Lunatic asylums Madras 1892-1911 - 1892-1911
Year: 1892
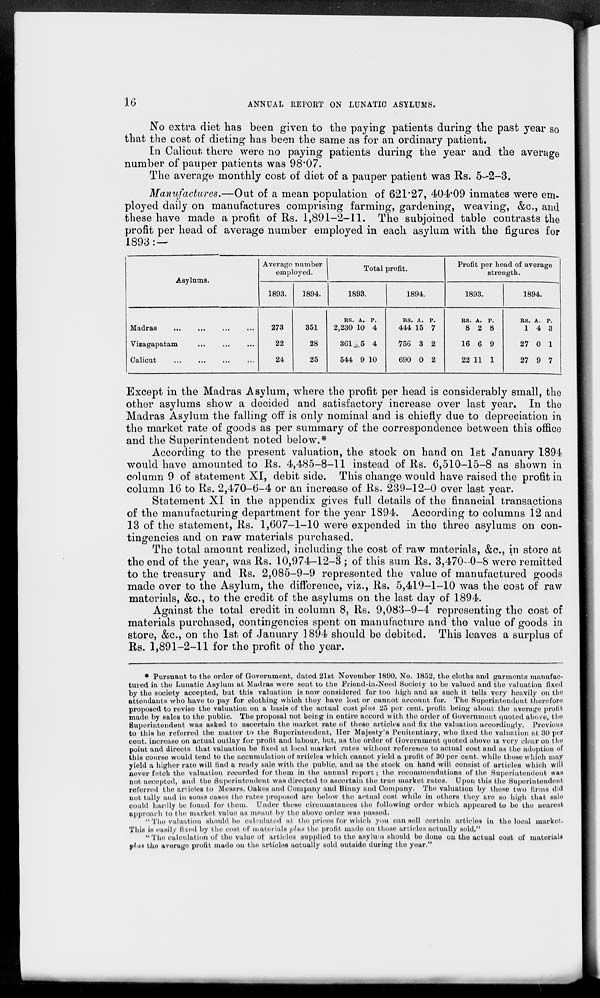
16
ANNUAL REPORT ON LUNATIC ASYLUMS.
No extra diet has been given to the paying patients during the past year so
that the cost of dieting has been the same as for an ordinary patient.
In Calicut there were no paying patients during the year and the average
number of pauper patients was 98.07.
The average monthly cost of diet of a pauper patient was Rs. 5-2-3.
Manufactures.—Out of a mean population of 621.27, 404.09 inmates were em-
ployed daily on manufactures comprising farming, gardening, weaving, &c, and
these have made a profit of Rs. 1,891-2-11. The subjoined table contrasts the
profit per head of average number employed in each asylum with the figures for
1893: —
Asylums.
Madras ... ... ... ...
Vizagapatam ... ... ...
Calicut ... ... ... ...
Average number
employed.
1893.
273
22
24
1894.
351
28
25
Total profit.
1893.
Rs.
2,230
361
544
A.
10
5
9
P.
4
4
10
1894.
Rs.
444
756
690
A.
15
3
0
P.
7
2
2
Profit per head of average
strength.
1893.
Rs.
8
16
22
A.
2
6
11
P.
8
9
1
1894.
Rs.
1
27
27
A.
4
0
9
P.
3
1
7
Except in the Madras Asylum, where the profit per head is considerably small, the
other asylums show a decided and satisfactory increase over last year. In the
Madras Asylum the falling off is only nominal and is chiefly due to depreciation in
the market rate of goods as per summary of the correspondence between this office
and the Superintendent noted below.*
According to the present valuation, the stock on hand on 1st January 1894
would have amounted to Rs. 4,485-8-11 instead of Rs. 6,510-15-8 as shown in
column 9 of statement XI, debit side. This change would have raised the profit in
column 16 to Rs. 2,470-6-4 or an increase of Rs. 239-12-0 over last year.
Statement XI in the appendix gives full details of the financial transactions
of the manufacturing department for the year 1894. According to columns 12 and
13 of the statement, Rs. 1,607-1-10 were expended in the three asylums on con-
tingencies and on raw materials purchased.
The total amount realized, including the cost of raw materials, &c, in store at
the end of the year, was Rs. 10,974-12-3 ; of this sum Rs. 3,470-0-8 were remitted
to the treasury and Rs. 2,085-9-9 represented the value of manufactured goods
made over to the Asylum, the difference, viz., Rs. 5,419-1-10 was the cost of raw
materials, &c, to the credit of the asylums on the last day of 1894.
Against the total credit in column 8, Rs. 9,083-9-4 representing the cost of
materials purchased, contingencies spent on manufacture and the value of goods in
store, &c, on the 1st of January 1894 should be debited. This leaves a surplus of
Rs. 1,891-2-11 for the profit of the year.
* Pursuant to the order of Government, dated 21st November 1890, No. 1852, the cloths and garments manufac-
tured in the Lunatic Asylum at Madras were sent to the Friend-in-Need Society to be valued and the valuation fixed
by the society accepted, but this valuation is now considered far too high and as such it tells very heavily on the
attendants who have to pay for clothing which they have lost or cannot account for. The Superintendent therefore
proposed to revise the valuation on a basis of the actual cost plus 25 per cent, profit being about the average profit
made by sales to the public. The proposal not being in entire accord with the order of Government quoted above, the
Superintendent was asked to ascertain the market rate of these articles and fix the valuation accordingly. Previous
to this he referred the matter to the Superintendent, Her Majesty's Penitentiary, who fixed the valuation at 30 per
cent, increase on actual outlay for profit and labour, but, as the order of Government quoted above is very clear on the
point and directs that valuation be fixed at local market rates without reference to actual cost and as the adoption of
this course would tend to the accumulation of articles which cannot yield a profit of 30 per cent, while those which may
yield a higher rate will find a ready sale with the public, and as the stock on hand will consist of articles which will
never fetch the valuation recorded for them in the annual report; the recommendations of the Superintendent was
not accepted, and the Superintendent was directed to ascertain the true market rates. Upon this the Superintendent
referred the articles to Messrs. Oakes and Company and Binny and Company. The valuation by these two firms did
not tally and in some cases the rates proposed are below the actual cost while in others they are so high that sale
could hardly be found for them. Under these circumstances the following order which appeared to be the nearest
approach to the market value as meant by the above order was passed.
" The valuation should be calculated at the prices for which you can sell certain articles in the local market.
This is easily fixed by the cost of materials plus the profit made on those articles actually sold."
"The calculation of the value of articles supplied to the asylum should be done on the actual cost of materials
plus the average profit made on the articles actually sold outside during the year."